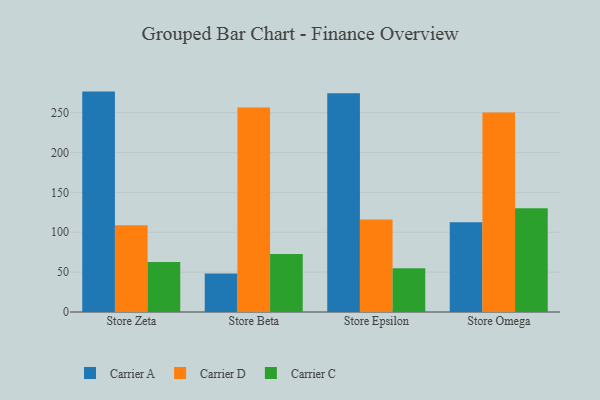
{"axis": {"x": "Store", "y": "Satisfaction Score"}, "legend": ["Carrier A", "Carrier C", "Carrier D"], "data": [{"x": "Store Zeta", "y": 276.4, "type": "Carrier A"}, {"x": "Store Zeta", "y": 108.7, "type": "Carrier D"}, {"x": "Store Zeta", "y": 62.8, "type": "Carrier C"}, {"x": "Store Beta", "y": 48.4, "type": "Carrier A"}, {"x": "Store Beta", "y": 256.4, "type": "Carrier D"}, {"x": "Store Beta", "y": 72.6, "type": "Carrier C"}, {"x": "Store Epsilon", "y": 274.3, "type": "Carrier A"}, {"x": "Store Epsilon", "y": 116.0, "type": "Carrier D"}, {"x": "Store Epsilon", "y": 54.8, "type": "Carrier C"}, {"x": "Store Omega", "y": 112.5, "type": "Carrier A"}, {"x": "Store Omega", "y": 250.2, "type": "Carrier D"}, {"x": "Store Omega", "y": 130.2, "type": "Carrier C"}]}